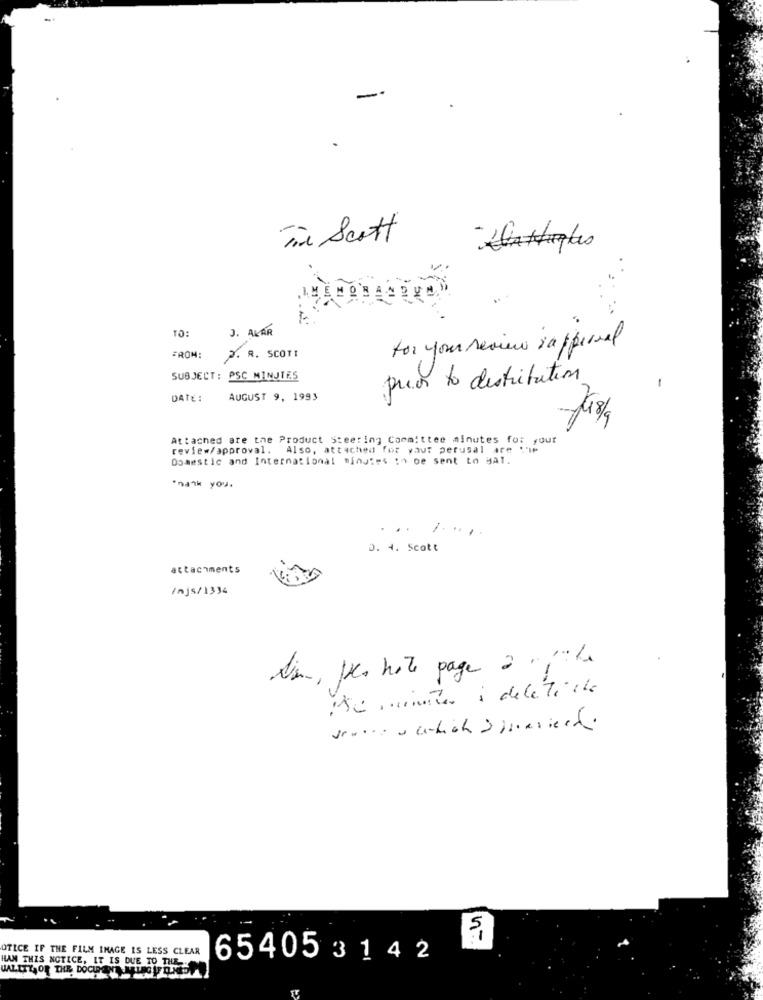
Tin Scott
TO:
J. AKAR
for your review rappersal
FROM:
P. R. SCOTT
SUBJECT : PSC MINUTES
prior to distribution
-
DATE:
AUGUST 9, 1993
Attached are the Product Steering Committee minutes for your
review/approval. Also, attached for your perusal are cie
Domestic and International minutes : be sent to Hat.
"naak you.
1 ....
D. 4. Scott
attachments
/njs/1334
tion, po hote page 2"," he
:50 suite à delética
OTICE IF THE FILM IMAGE IS LESS CLEAR
HAN THIS NOTICE, IT IS DUE TO THE
654053142
UALITY, OR THE DOCUMENT MELEG IF ONEDU